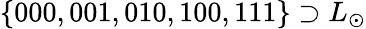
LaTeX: \{ 000,001,010,100,111\} \supset L_{\odot}